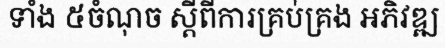
ទាំង ៥ចំណុច ស្តីពីការគ្រប់គ្រង អភិវឌ្ឍ